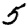
Digit: 5